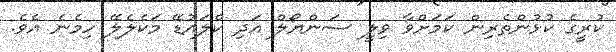
ކުރީގެ ކުޅުންތެރިން ކަމަށްވާ ވިލީ ސަންޔޯލް އަދި ކްލައުޑޭ މަކެލެލޭ ހިމެނެ އެވެ.